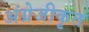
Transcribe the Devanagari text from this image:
अंग्रेजीकृत